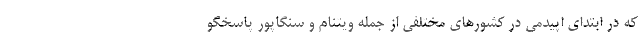
که در ابتدای اپیدمی در کشورهای مختلفی از جمله ویتنام و سنگاپور پاسخگو